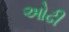
ઓઢી